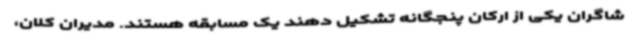
شاگران یکی از ارکان پنجگانه تشکیل دهند یک مسابقه هستند. مدیران کلان،